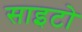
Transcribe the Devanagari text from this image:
साइटो